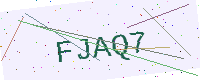
Text: FJAQ7